Cholera in India, 1862 to 1881
Year: 1862
Disease focus: Cholera
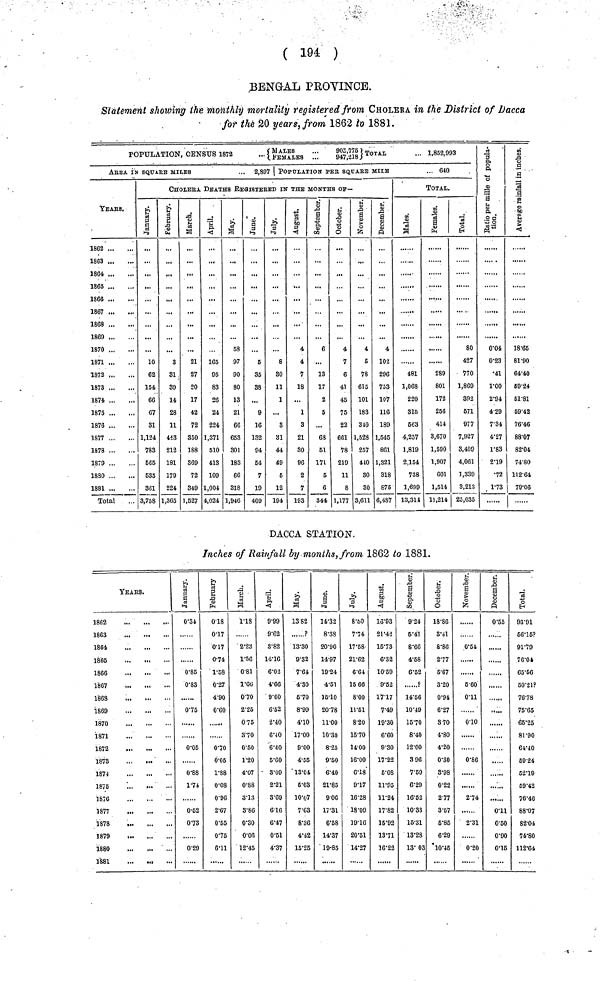
( 194 )
BENGAL PROVINCE.
Statement showing the monthly mortality registered from CHOLERA in the District of Dacca
for the 20 years, from 1862 to 1881.
POPULATION, CENSUS 1872 ...{MALES ... FEMALES... 905,775 ,947,218 } TOTAL ... 1,852,993
AREA IN SQUARE MILES
...
2,897
YEARS.
1863
1863 ...
1864
1865
1866
1867 ...
1868
1869
1870
1871
1872
1873
1874
1875
1876
1877
1878
1879
1880 ...
1881
Total
POPULATION PER SQUARE MILE
... 640
CHOLERA DEATHS REGISTERED IN THE MONTHS OF—
January.
10
62
154
66
G7
31
1,124
783
565
535
361
3,758
February.
3
81
39
14
28
11
443
212
181
179
224
1,363
March.
21
27
20
17
42
72
350
188
869
72
349
1,527
April.
165
95
83
26
24
224
1,371
510
413
109
1,004
4,024
May.
58
97
90
80
13
21
66
653
301
183
66
318
1,946
June.
...
5
35
38
...
9
16
132
94
54
7
19
409
July.
8
30
11
1
...
3
31
44
49
6
12
194
August.
4
4
7
18
...
1
3
21
30
96
2
7
193
September.
6
...
13
17
2
5
63
51
171
5
6
344
October.
4
7
6
41
45
75
22
661
78
219
11
8
1,177
November.
4
6
78
615
101
183
340
1,528
257
440
30
30
3,611
December.
4
102
296
753
107
116
189
1,545
861
1,321
318
875
6,487
TOTAL.
Males.
481
1,068
220
315
563
4,257
1,819
2,154
738
1,699
13,311
Females.
289
801
172
256
414
3,6/0
1,590
1,907
601
1,514
11,214
Total.
80
427
770
1,869
392
571
977
7,927
8,409
4,061
1,339
3,213
25,035
Ratio per mille
of population.
0.04
0.23
•41
1.00
2.94
4.29
7.34
4.27
1.83
2.19
•72
1.73
Average rainfall
in inches.
18.65
81.90
64.40
59.24
51.81
59.42
76.46
88.07
82.04
74.80
112.64
| 79.06
DACCA STATION.
Inches of Rainfall by months, from 1862 to 1881.
YEArS.
1862
1863
1864
1865
1866
1867
1863
1869
1870
1871
1872
1873
1874
1875
1876
1877
1878
1879
1880
1881
,
January.
0.34
085
0.83
0.75
0.05
0.88
1.74
0.52
0.73
0.29
February.
0.18
0.17
0.17
0.74
1.58
0.27
4.90
0.60
0.70
0.05
1.88
0.08
0.96
2.67
0.55
0.75
6.11
March.
1.18
2.23
1.56
0.81
1.66
0.70
2.25
0.75
3.70
0.50
1.20
4.07
0.88
3.13
3.86
0.30
0.06
12.45
April.
9.99
9.62
3.82
14.16
6.02
4.66
9.60
6.52
2.40
6.40
6.40
5.60
3.09
2.21
3.69
6.16
6.47
0.51
4.37
May.
13 82
?
13.30
9.32
7.64
4.30
5.70
8.99
4.10
17.00
9.00
4.55
13.04
5.03
10.07
7.63
8.36
4.42
15.25
June.
14.32
8.38
20.90
14.97
19.24
4.51
16.10
20.78
11.00
10.30
8.25
9.50
6.40
21.85
9.00
17.31
6.58
14.37
19.85
July.
8.50
7.74
17.58
21.62
6.64
15 66
8.00
11.51
8.20
16.70
14.00
16.00
6.18
9.17
16.28
18.09
19.16
20.51
14.27
August.
13.93
21.42
15.73
6.32
10.59
9.52
17.17
7.49
19.30
6.60
9.30
17.22
5.08
11.95
11.24
17.82
15.92
13.71
16.23
September.
9.24
5.41
8.66
4.58
6.52
?
14.56
10.49
15 .70
8.40
12.00
3 96
7.59
6.29
16.52
10.33
15.81
13.28
13.08
October.
18.86
3.41
8.86
2.77
5.67
3.20
0.94
6.27
3 70
4.80
4.20
0.30
8.98
0.22
2.77
3.57
6.85
6.29
10.45
November.
0.54
5.60
0.11
0.10
0.86
2.74
2.31
0.20
December.
0.55
......
,
0.11
0.50
0.90
0.15
Total.
93.91
66.15?
91.79
76.04
65.56
50.21?
76.78
75.65
65.25
81.90
64.40
59.24
52.19
59.42
76.46
88.07
82.04
74.80
112.64